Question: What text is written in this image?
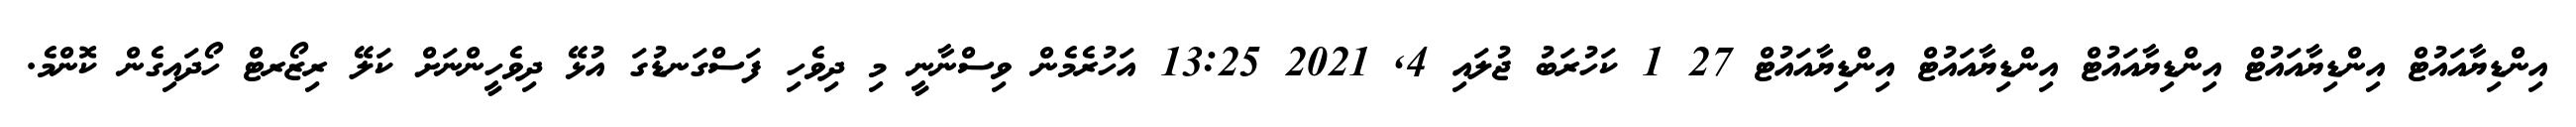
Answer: އިންޑިޔާއައުޓް އިންޑިޔާއައުޓް އިންޑިޔާއައުޓް އިންޑިޔާއައުޓް އިންޑިޔާއައުޓް 27 1 ކަހުރަބު ޖުލައި 4, 2021 13:25 އަހުރެމެން ވިސްނާނީ މި ދިވެހި ފަސްގަނޑުގަ އުޅޭ ދިވެހީންނަށް ކަލޭ ރިޒޯރޓް ހޯދައިގެން ކޮންމެ.